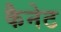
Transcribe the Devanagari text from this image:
कैनेट